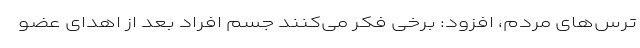
ترس‌های مردم،‌ افزود: برخی فکر می‌کنند جسم افراد بعد از اهدای عضو